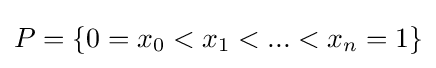
P=\{0=x_{0}<x_{1}<...<x_{n}=1\}